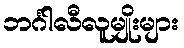
ဘင်္ဂါလီလူမျိုးများ